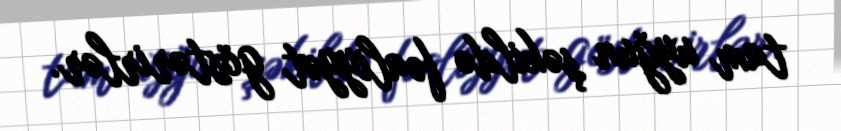
tam uyğun şəkildə fəaliyyət göstərirlər.